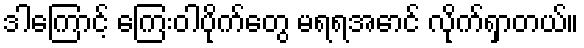
ဒါကြောင့် ကြေးဝါပိုက်တွေ မရရအောင် လိုက်ရှာတယ်။